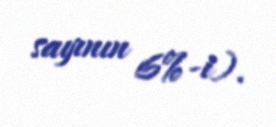
sayının 6%-i).